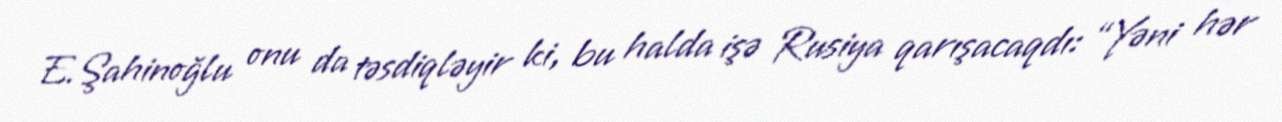
E.Şahinoğlu onu da təsdiqləyir ki, bu halda işə Rusiya qarışacaqdı: “Yəni hər